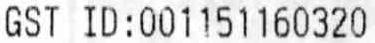
GST ID:001151160320